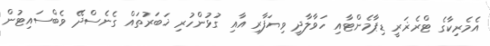
އެމެރިކާގެ ޓްރެޜަރީ ޑިޕާމެންޓާއި ހަވާލާދީ ވިޔަފާރި އާއި ގުޅުންހުރި ޚަބަރުތައް ގެނެސްދޭ ވެބްސައިޓުން